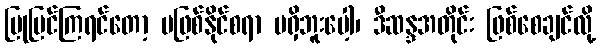
ပြုပြင်ကြရင်တော့ မဖြစ်နိုင်စရာ မရှိဘူးပေါ့၊ ဒီဆန္ဒအတိုင်း ဖြစ်စေချင်လို့